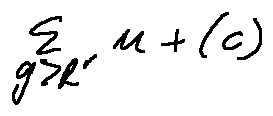
\sum \limits _ { g > R ^ { r } } u + ( c )